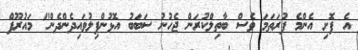
އެ ފޮށި އެންމެ ފުރަތަމަ ވެސް ބާތިލްކުރަން ޖެހުނު ސަބަބު އޮޅުންފިލުވައިދެންދެން" މައުރޫފް